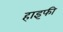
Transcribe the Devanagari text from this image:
हाइफी